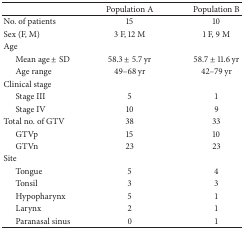
|  | Population A | Population B |
 | --- | --- | --- |
 | No. of patients | 15 | 10 |
 | Sex (F, M) | 3 F, 12 M | 1 F, 9 M |
 | Age |  |  |
 | Mean age ± SD | 58.3 ± 5.7 yr | 58.7 ± 11.6 yr |
 | Age range | 49–68 yr | 42–79 yr |
 | Clinical stage |  |  |
 | Stage III | 5 | 1 |
 | Stage IV | 10 | 9 |
 | Total no. of GTV | 38 | 33 |
 | GTVp | 15 | 10 |
 | GTVn | 23 | 23 |
 | Site |  |  |
 | Tongue | 5 | 4 |
 | Tonsil | 3 | 3 |
 | Hypopharynx | 5 | 1 |
 | Larynx | 2 | 1 |
 | Paranasal sinus | 0 | 1 |